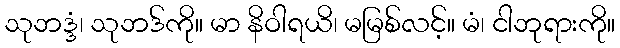
သုဘဒ္ဒံ၊ သုဘဒ်ကို။ မာ နိဝါရယိ၊ မမြစ်လင့်။ မံ၊ ငါဘုရားကို။